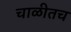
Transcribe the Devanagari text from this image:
चाळीतच